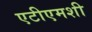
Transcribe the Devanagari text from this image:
एटीएमशी